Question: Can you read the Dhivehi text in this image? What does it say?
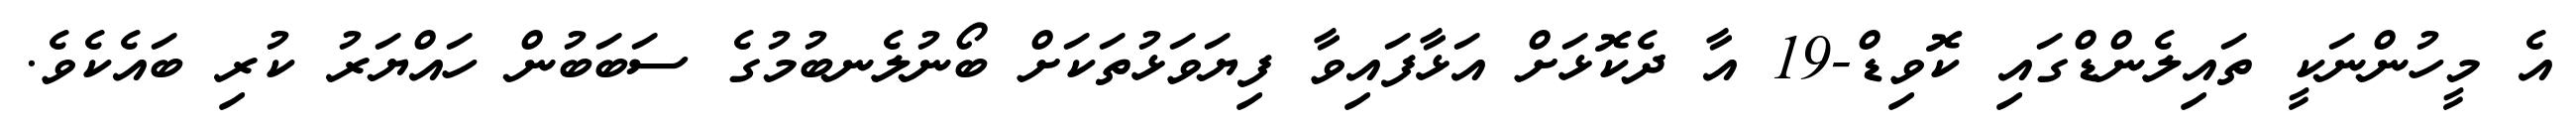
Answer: އެ މީހުންނަކީ ތައިލެންޑްގައި ކޮވިޑް-19 އާ ދެކޮޅަށް އަޅާފައިވާ ފިޔަވަޅުތަކަށް ބޯނުލެނބުމުގެ ސަބަބުން ހައްޔަރު ކުރި ބައެކެވެ.